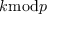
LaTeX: k { \bmod { p } }